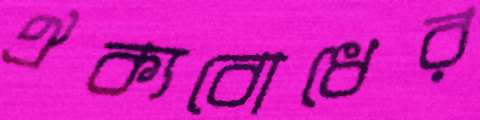
ঐক্যবোধের